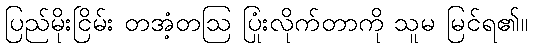
ပြည်မိုးငြိမ်း တအံ့တဩ ပြုံးလိုက်တာကို သူမ မြင်ရ၏။